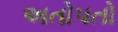
અતોપતો